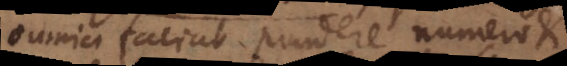
omnia faciat pondere numero